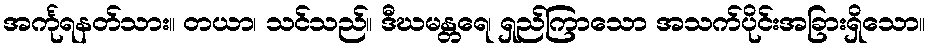
အင်္ကုရနတ်သား။ တယာ၊ သင်သည်။ ဒီဃမန္တရေ၊ ရှည်ကြာသော အသက်ပိုင်းအခြားရှိသော။